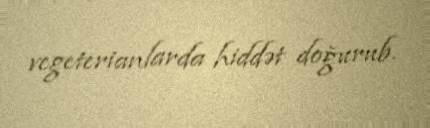
vegeterianlarda hiddət doğurub.